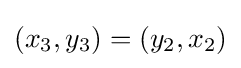
(x_{3},y_{3})=(y_{2},x_{2})